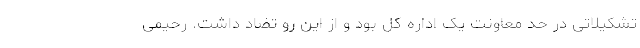
تشکیلاتی در حد معاونت یک اداره کل بود و از این رو تضاد داشت. رحیمی